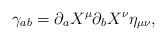
LaTeX: \begin{align*}\gamma_{ab}=\partial_{a}X^{\mu}\partial_{b}X^{\nu}\eta_{\mu\nu},\end{align*}